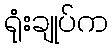
ရုံးချုပ်က